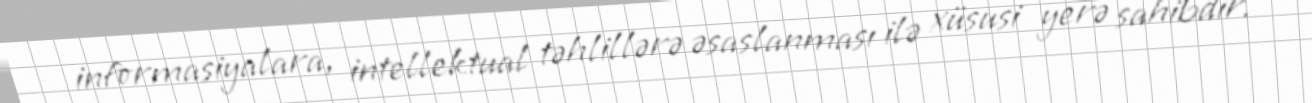
informasiyalara, intellektual təhlillərə əsaslanması ilə xüsusi yerə sahibdir.